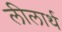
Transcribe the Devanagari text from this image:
लीलार्थ